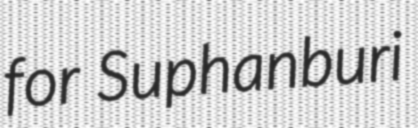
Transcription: for Suphanburi